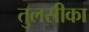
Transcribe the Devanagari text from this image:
तुलसीका